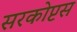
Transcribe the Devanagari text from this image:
सरकोप्टस